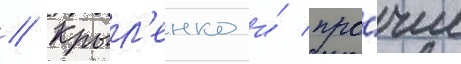
// Крыл'енко и́ про́чие